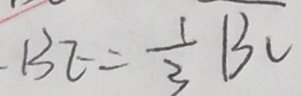
. B E = \frac { 1 } { 3 } B C